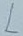
Text: L